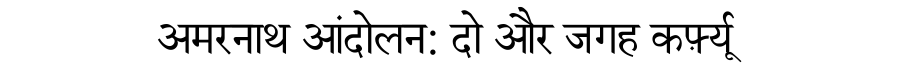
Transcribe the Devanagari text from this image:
अमरनाथ आंदोलन: दो और जगह कर्फ़्यू